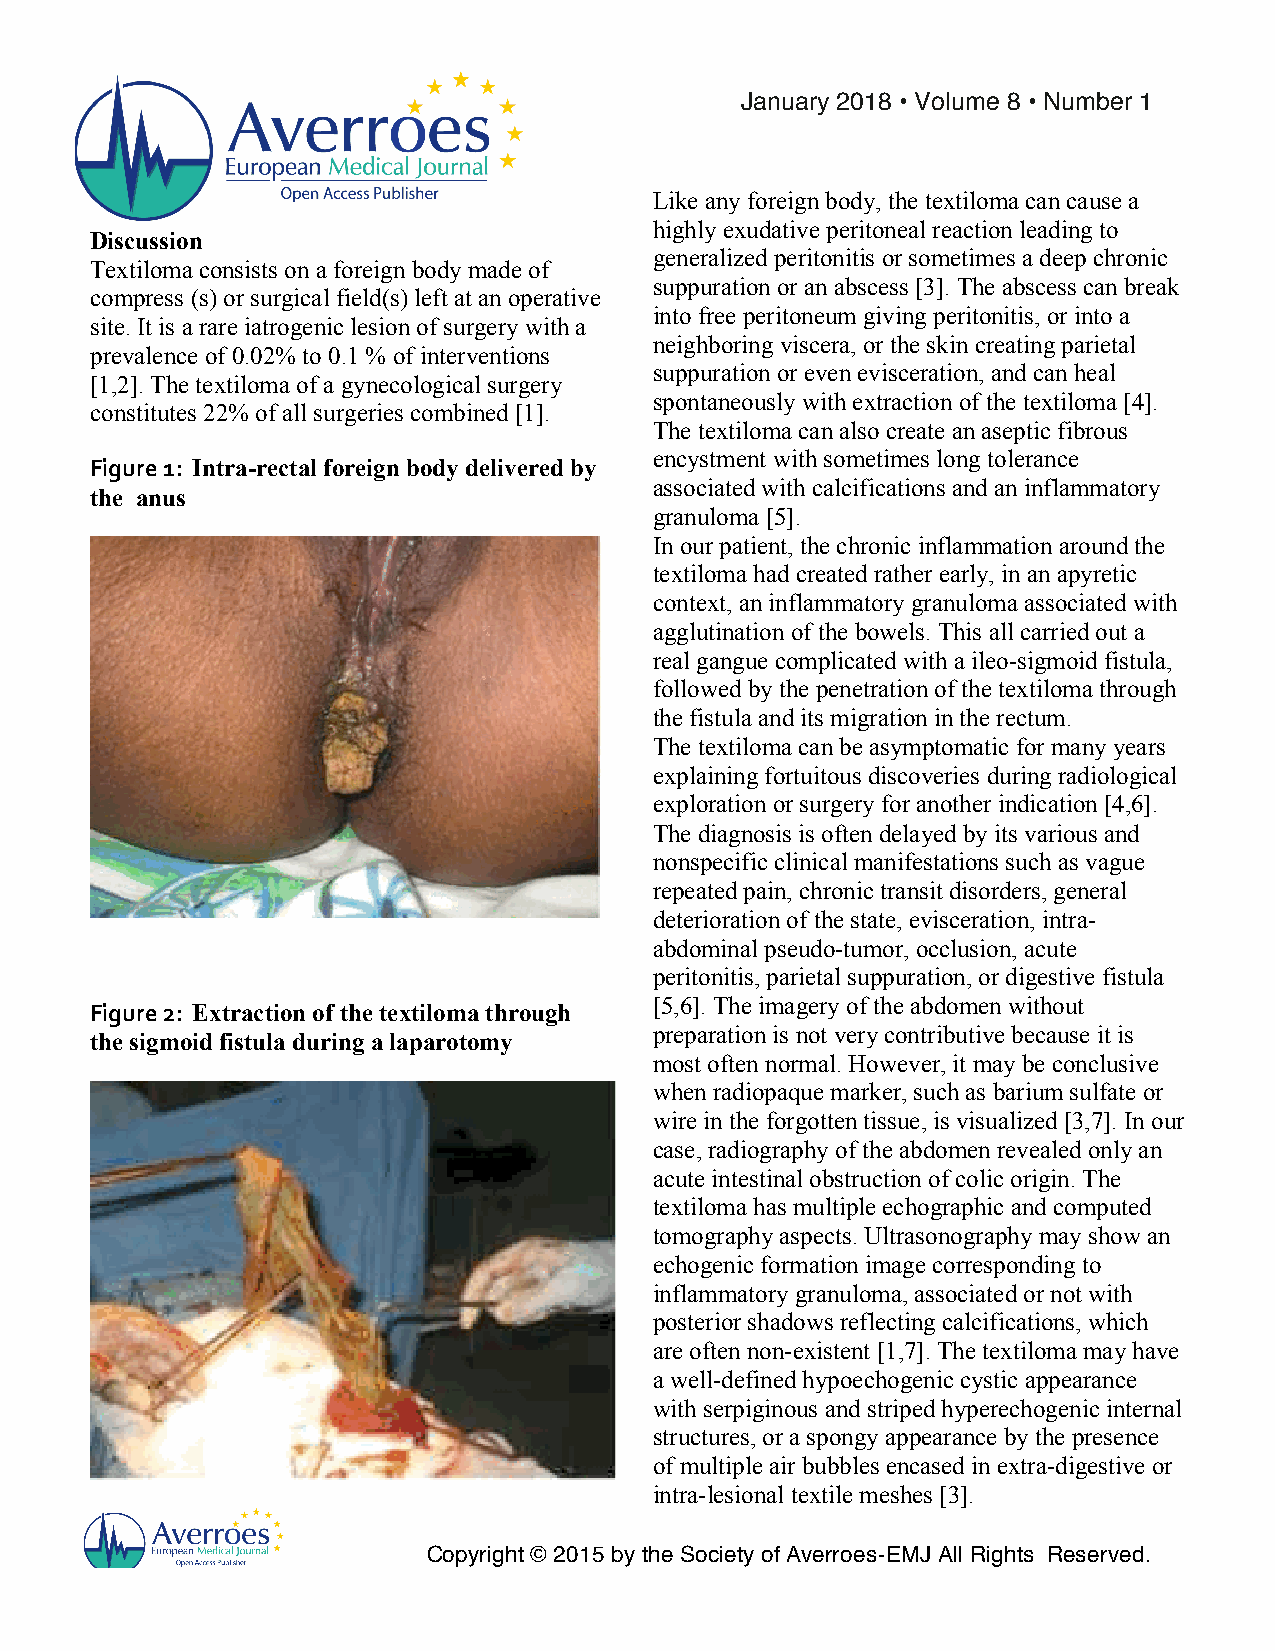
!
 January 2018 • Volume 8 • Number 1!
 Like any foreign body, the textiloma can cause a
 highly exudative peritoneal reaction leading to
 Discussion
 generalized peritonitis or sometimes a deep chronic
 Textiloma consists on a foreign body made of
 suppuration or an abscess [3]. The abscess can break
 compress (s) or surgical field(s) left at an operative
 into free peritoneum giving peritonitis, or into a
 site. It is a rare iatrogenic lesion of surgery with a
 neighboring viscera, or the skin creating parietal
 prevalence of 0.02% to 0.1 % of interventions
 suppuration or even evisceration, and can heal
 [1,2]. The textiloma of a gynecological surgery
 spontaneously with extraction of the textiloma [4].
 constitutes 22% of all surgeries combined [1].
 The textiloma can also create an aseptic fibrous
 encystment with sometimes long tolerance
 Figure!1: Intra-rectal foreign body delivered by
 associated with calcifications and an inflammatory
 the anus
 granuloma [5].
 In our patient, the chronic inflammation around the
 textiloma had created rather early, in an apyretic
 context, an inflammatory granuloma associated with
 agglutination of the bowels. This all carried out a
 real gangue complicated with a ileo-sigmoid fistula,
 followed by the penetration of the textiloma through
 the fistula and its migration in the rectum.
 The textiloma can be asymptomatic for many years
 explaining fortuitous discoveries during radiological
 exploration or surgery for another indication [4,6].
 The diagnosis is often delayed by its various and
 nonspecific clinical manifestations such as vague
 repeated pain, chronic transit disorders, general
 deterioration of the state, evisceration, intra-
 abdominal pseudo-tumor, occlusion, acute
 peritonitis, parietal suppuration, or digestive fistula
 [5,6]. The imagery of the abdomen without
 Figure!2: Extraction of the textiloma through
 the sigmoid fistula during a laparotomy
 preparation is not very contributive because it is
 most often normal. However, it may be conclusive
 when radiopaque marker, such as barium sulfate or
 wire in the forgotten tissue, is visualized [3,7]. In our
 case, radiography of the abdomen revealed only an
 acute intestinal obstruction of colic origin. The
 textiloma has multiple echographic and computed
 tomography aspects. Ultrasonography may show an
 echogenic formation image corresponding to
 inflammatory granuloma, associated or not with
 posterior shadows reflecting calcifications, which
 are often non-existent [1,7]. The textiloma may have
 a well-defined hypoechogenic cystic appearance
 with serpiginous and striped hyperechogenic internal
 structures, or a spongy appearance by the presence
 of multiple air bubbles encased in extra-digestive or
 intra-lesional textile meshes [3].
 Copyright © 2015 by the Society of Averroes-EMJ All Rights Reserved.